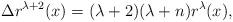
LaTeX: \begin{align*} \Delta r^{\lambda+2}(x)=(\lambda+2)(\lambda+n) r^\lambda(x), \end{align*}